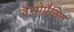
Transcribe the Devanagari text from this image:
वैसोप्रैसिन